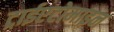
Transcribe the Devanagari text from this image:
ट्राईएटोमाइन